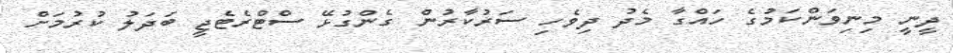
ދީނީ މިނިވަންކަމުގެ ހައްގާ މެދު ދިވެހި ސަރުކާރުން ގެންގުޅޭ ސްޓްރެޓެޖީ ބަދަލު ކުރުމަށް